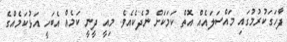
ފާހަގަކުރުމުގައި މައްސަލައެއް އޮތް ކަމަކަށް ނުދެކެއެވެ. މިއީ ދީނީ ކަމެއް އެބަހީ އަޅުކަމެއްގެ